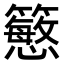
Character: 𥵴